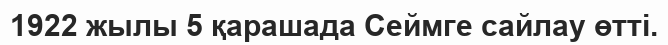
1922 жылы 5 қарашада Сеймге сайлау өтті.